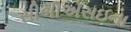
સીબીએસઇના